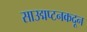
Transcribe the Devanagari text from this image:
साउद्मप्टनकदून